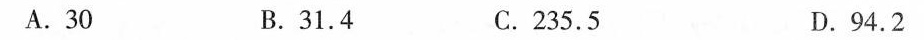
A.30 B.31.4 C.235.5 D.94.2